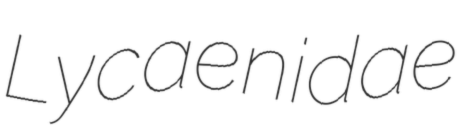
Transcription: Lycaenidae